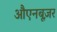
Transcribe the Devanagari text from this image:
औएनबूज़र